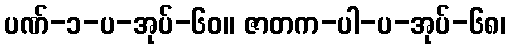
ပဏ်-၁-ပ-အုပ်-၆၀။ ဇာတက-ပါ-ပ-အုပ်-၆၈၊